Tezpur Lunatic Asylum reports 1895-1904 - 1895-1904
Year: 1895
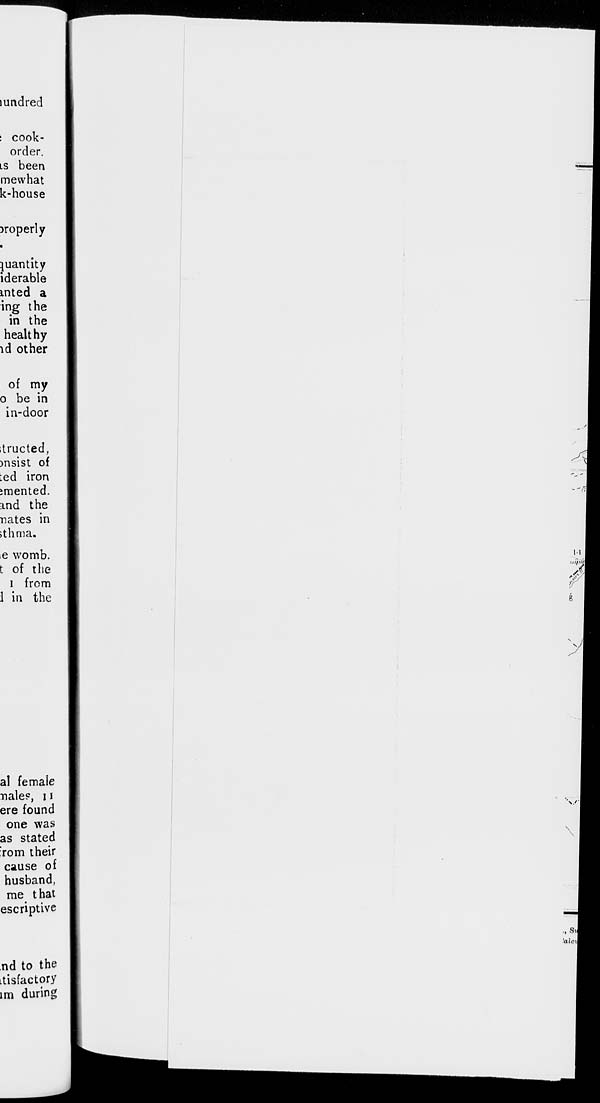
miidred
: cook-
order.
is been
me what
k-house
properly
quantity
iderable
inted a
ing the
in the
healthy
id other
of my
0 be in
in-door
itructed,
)nsist of
:ed iron
imented.
ind the
nates in
ithma.
e womb.
t of the
i from
1 in the
Ul) ®
y
al female
nale?, 11
ere found
one was
as stated
r rom their
cause of
husband,
me that
escriptive
nd to the
itisfactory
im during
■